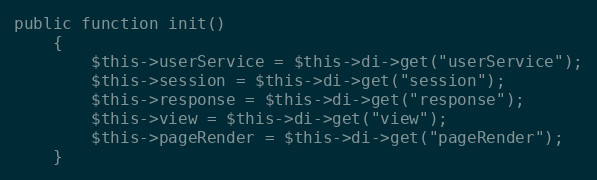
Language: PHP
public function init()
    {
        $this->userService = $this->di->get("userService");
        $this->session = $this->di->get("session");
        $this->response = $this->di->get("response");
        $this->view = $this->di->get("view");
        $this->pageRender = $this->di->get("pageRender");
    }